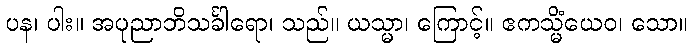
ပန၊ ပါး။ အပုညာဘိသင်္ခါရော၊ သည်။ ယသ္မာ၊ ကြောင့်။ ဧကသ္မိံယေဝ၊ သော။